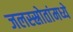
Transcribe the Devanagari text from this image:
जलस्स्रोतांमध्ये